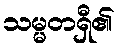
သမ္မတရှီ၏